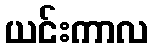
ယင်းကာလ